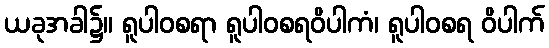
ယခုအခါ၌။ ရူပါဝစရာ ရူပါဝစရဝိပါကံ၊ ရူပါဝစရ ဝိပါက်